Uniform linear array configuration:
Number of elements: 48
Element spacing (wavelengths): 0.25
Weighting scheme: uniform
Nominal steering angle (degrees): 30
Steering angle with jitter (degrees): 28.452
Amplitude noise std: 0.05
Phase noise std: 0.05

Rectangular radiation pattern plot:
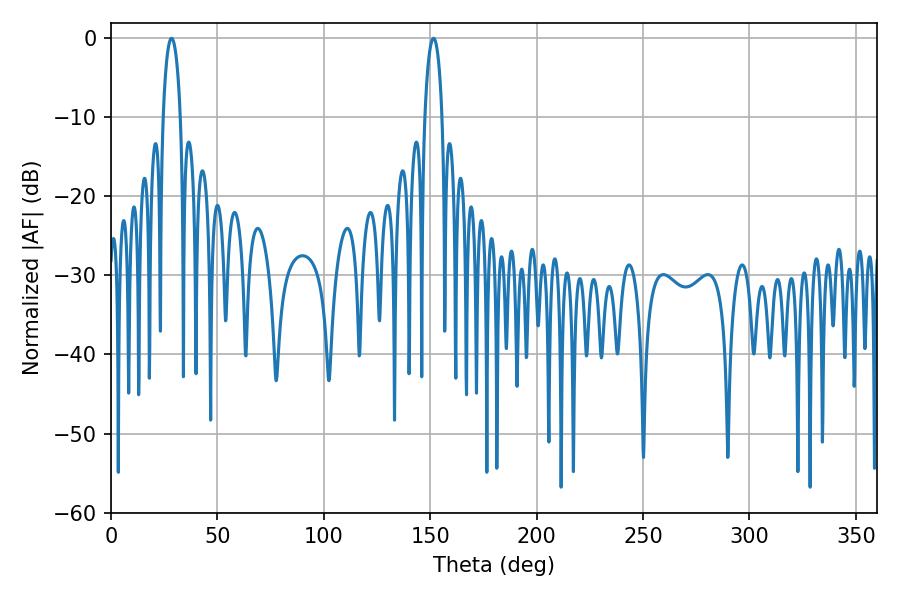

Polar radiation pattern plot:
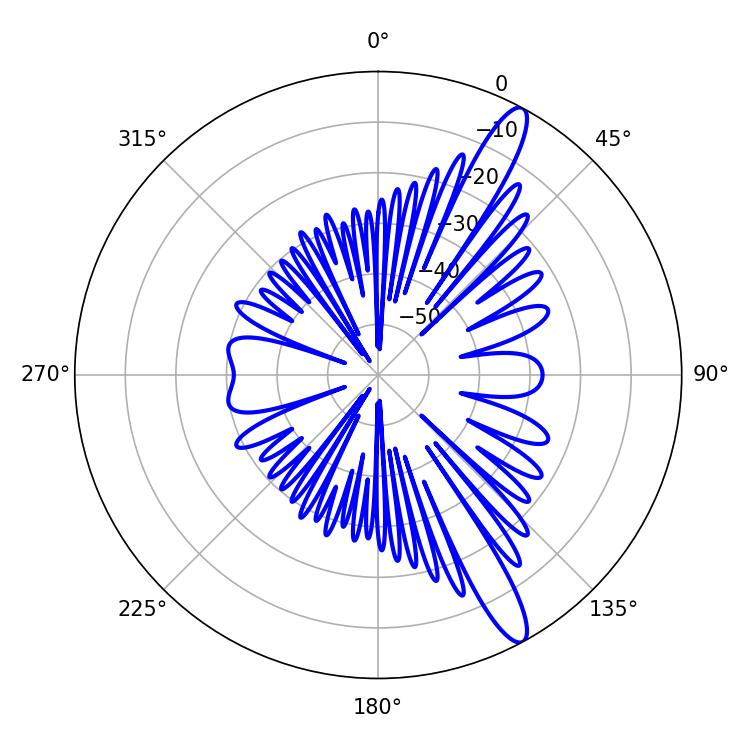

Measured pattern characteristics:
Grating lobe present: FALSE
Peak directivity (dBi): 13.478
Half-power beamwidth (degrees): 4.68
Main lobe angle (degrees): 28.44